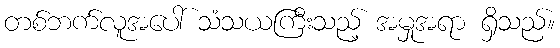
တစ်ဘက်လူအပေါ် သံသယကြီးသည့် အမှုအရာ ရှိသည်။